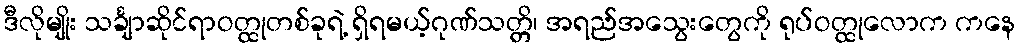
ဒီလိုမျိုး သင်္ချာဆိုင်ရာဝတ္ထုတစ်ခုရဲ့ ရှိရမယ့်ဂုဏ်သတ္တိ၊ အရည်အသွေးတွေကို ရုပ်ဝတ္ထုလောက ကနေ